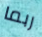
ربما